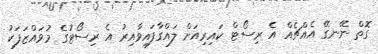
ގޮތް ނޭނގޭ އެއްޗެއް އެ ރިސޯޓް ކައިރިއަށް ލައްގާފައިވާއިރު އެ ރިސޯޓުގެ މުވައްޒަފަކު